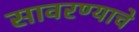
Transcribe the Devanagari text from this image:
सावरण्याचे